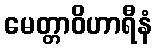
မေတ္တာဝိဟာရီနံ